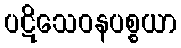
ပဋိသေဝနပစ္စယာ